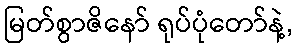
မြတ်စွာဇိနော် ရုပ်ပုံတော်နဲ့,